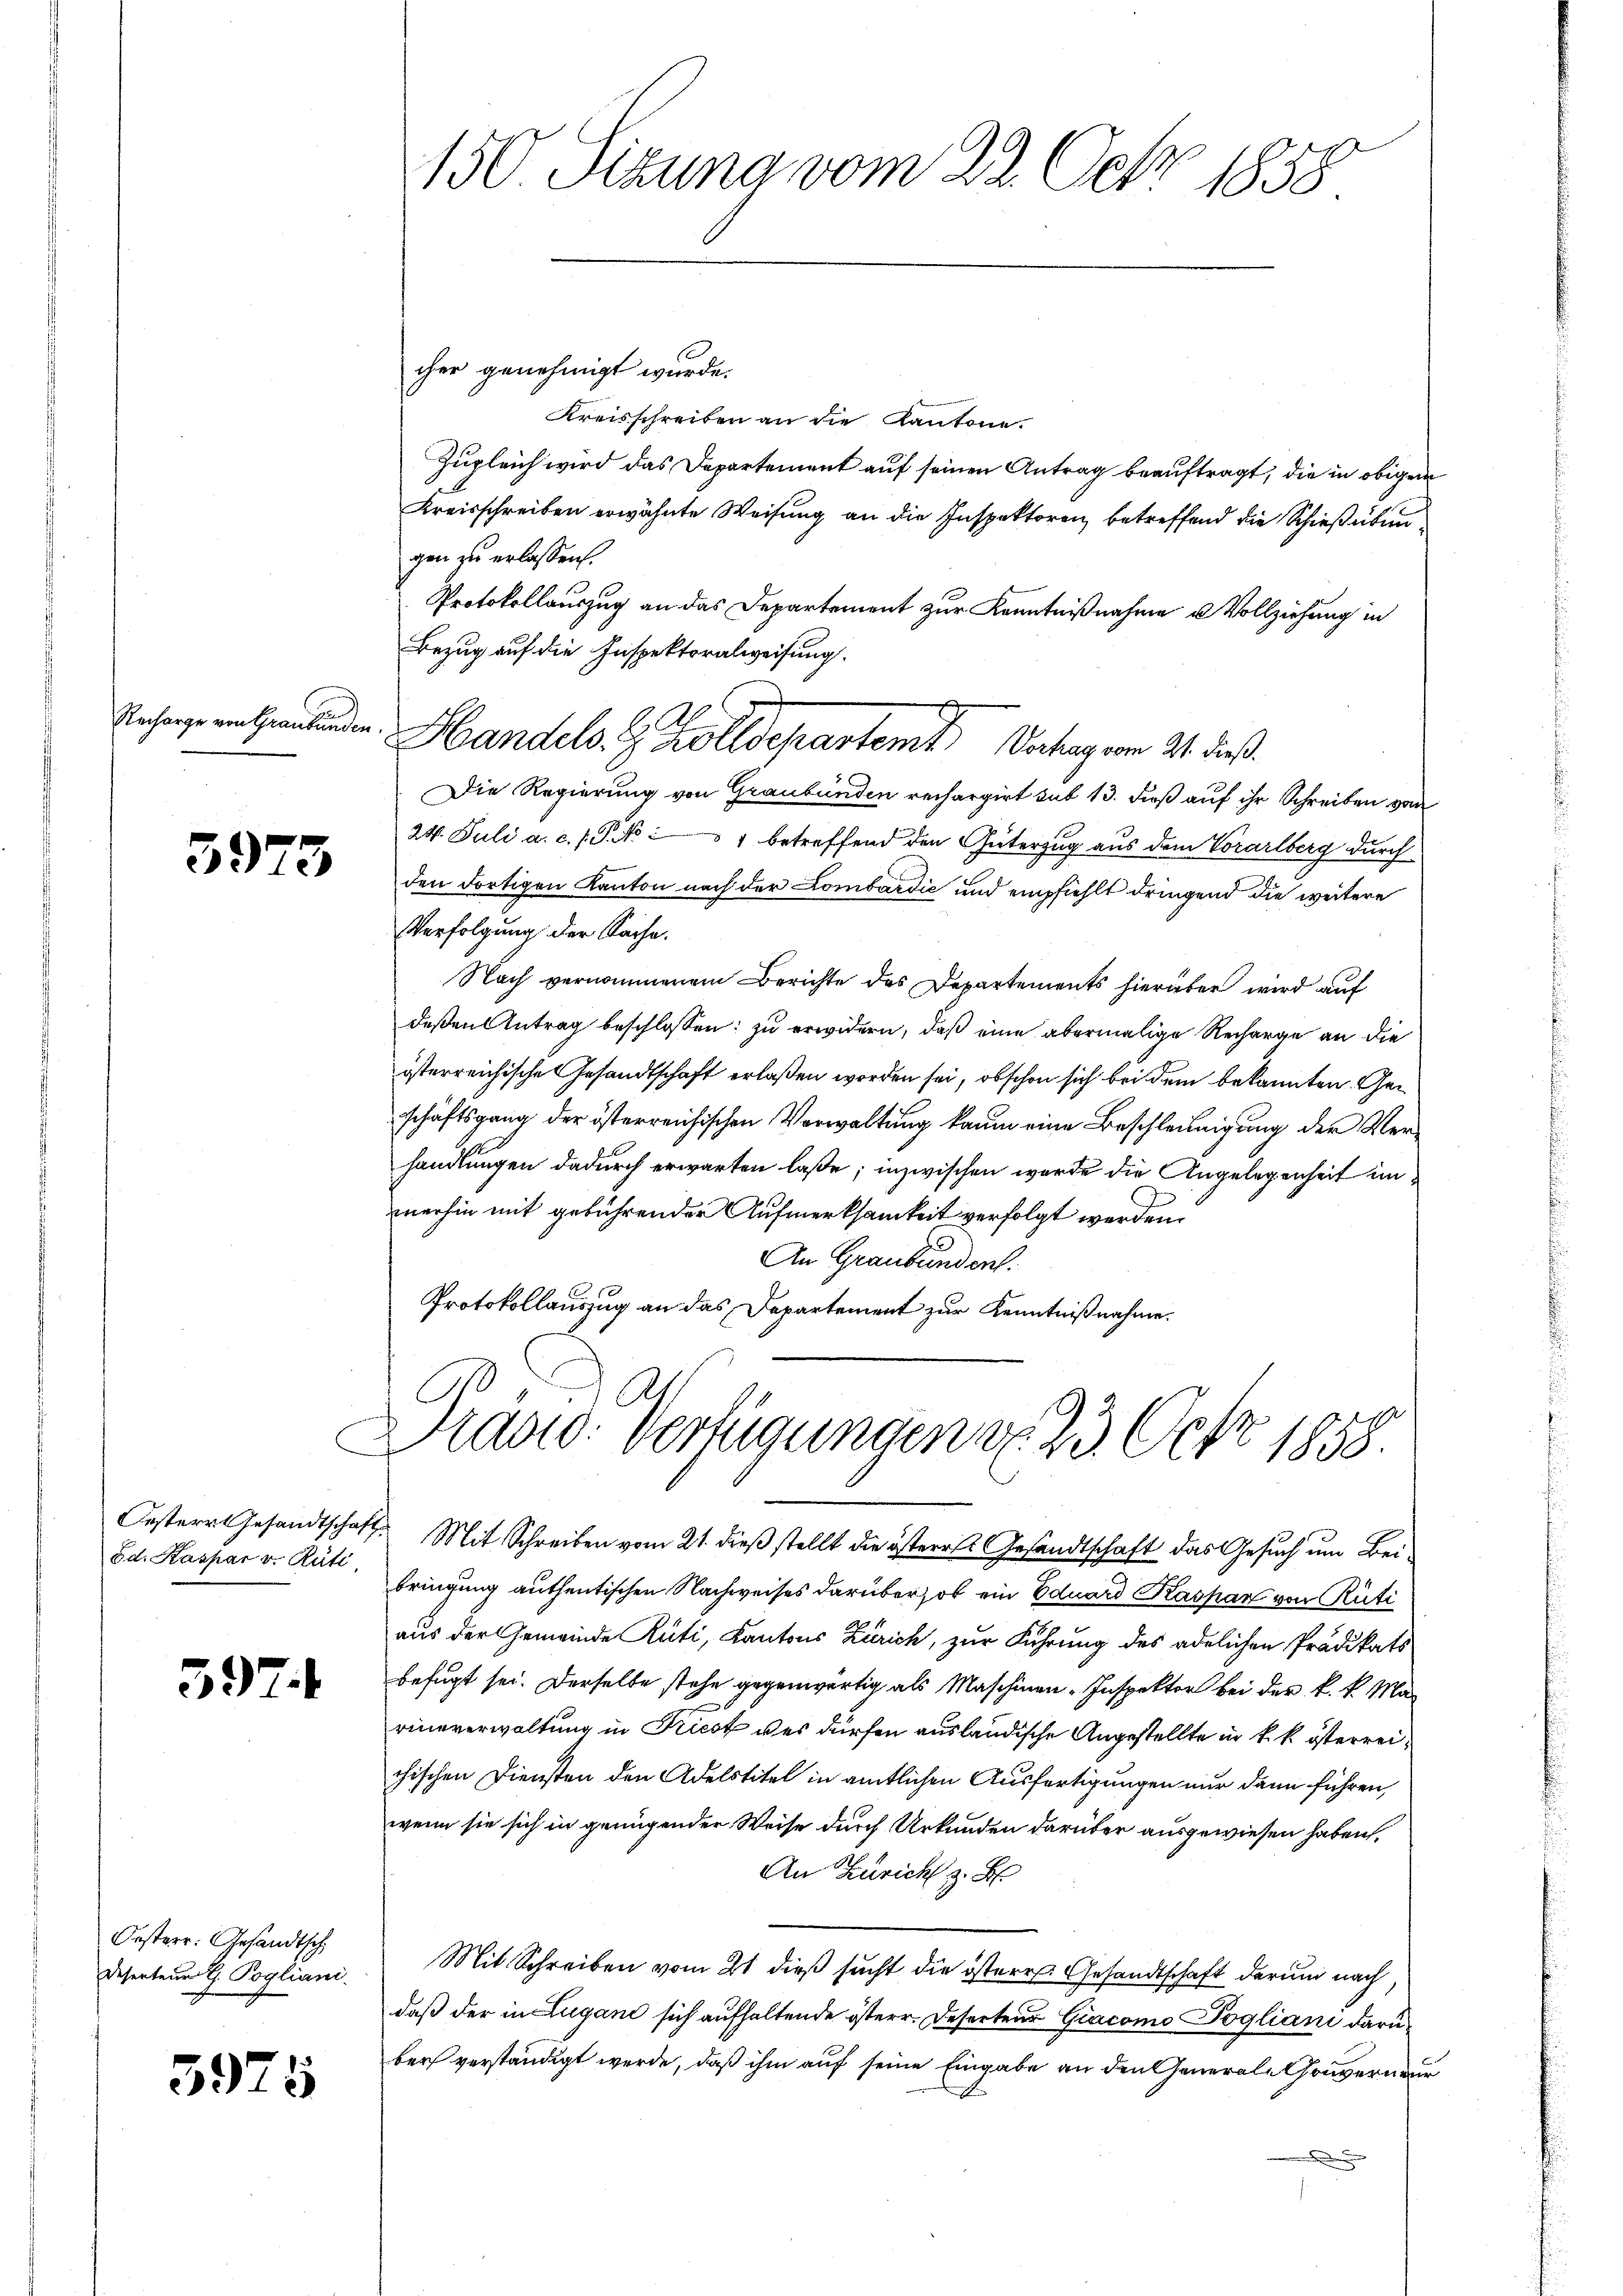
Recharge von Graubünden.

3973

Oesterr Gesandtsche
Sd. Kaspar v. Rüti

397.

Oesterr. Gesandtsch
Deserteur t. Pogliani

3925

cher genehmigt wurde.
Kreisschreiben an die Kantone.
Zugleich wird das Departement auf seinen Antrag beauftragt, die in obigen
Kreisschreiben erwähnte Weisung an die Inspektoren, betreffend die Schießübun
gen zu erlassen.
Protokollauszug an das Departement zur Kenntnißnahme u Vollziehung in
Bezug auf die Inspektoralweisung.
Die Regierung von Graubünden rechargirt sub 13. dieß auf ihr Schreiben von
24. Juli a. c. s. S. No 1 betreffend den Güterzug aus dem Vorarlberg durch
den dortigen Kanton nach der Lombardić und empfiehlt dringend die weitere
Verfolgung der Sache.
Nach vernommenem Berichte des Departements hierüber wird auf
deßen Antrag beschlossen: zu erwidern, daß eine abermalige Recharge an die
österreichische Gesandtschaft erlaßen worden sei, ob schon sich bei dem bekannten Geschäftsgang der österreichischen Verwaltung kaum eine Beschleunigung der Verhandlungen dadurch erwarten lasse; inzwischen wurde die Angelegenheit im
merhin mit gebührender Aufmerksamkeit verfolgt werden.
An Graubünden.
Protokollauszug an das Departement zur Kenntnißnahme.

A.
Handels. Z. Zolldepartemit Vertrag vom 21. dieß.

Drago: Verfügungen d. 23. Oct. 1858.

150 Sizung vom 22. Oct. 1858

aft. Mit Schreiben vom 21. dieß stellt die östere Gesandtschaft das Gesuch um Beibringung authentischen Nachweises darüber, ob ein Eduard Kaspar von Rüti
aus der Gemeinde Rüti, Kantons Zürich, zur Führung des adelichen Prädikats
befugt sei. Derselbe stehe gegenwärtig als Maschinen-Inspektor bei der k. k. Marineverwaltung in Tricot der dürfen ausländische Angestellte in k. k. österreichischen Diensten den Adelstitel in amtlichen Ausfertigungen nur dann führen,
wenn sie sich in genügender Weise durch Urkunden darüber ausgewiesen haben,
An Zürich z. B.
Mit Schreiben vom 21 dieß sucht die östere Gesandtschaft darum nach
daß der in Lugand sich aufhaltende österr. Deserten Giacomo Pogliani darüber verständigt werde, daß ihm auf seine Eingabe an den General- Gouverneur